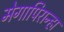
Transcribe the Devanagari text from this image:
मेगापिरान्हा